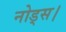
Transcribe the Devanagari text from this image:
नोड्स।